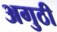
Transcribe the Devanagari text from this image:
अगुठी